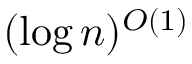
( \log n ) ^ { O ( 1 ) }